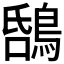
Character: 𪁝